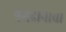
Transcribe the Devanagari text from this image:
श्रमदानाचा